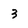
Character: 3